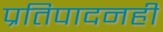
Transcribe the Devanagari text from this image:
प्रतिपादनही